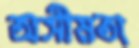
অসীমতা